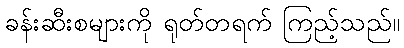
ခန်းဆီးစများကို ရုတ်တရက် ကြည့်သည်။